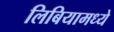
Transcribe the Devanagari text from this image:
लिबियामध्ये